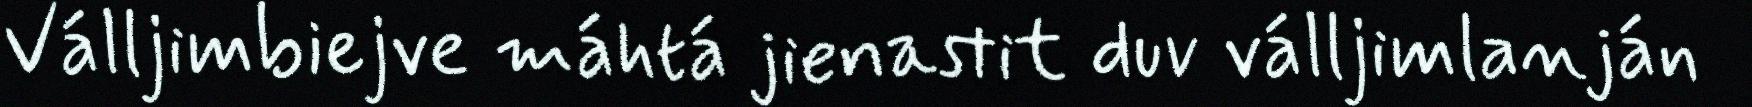
Válljimbiejve máhtá jienastit duv válljimlanján